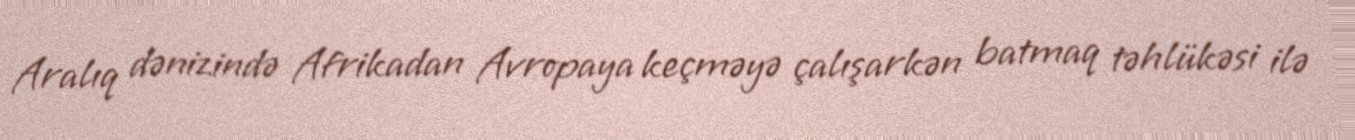
Aralıq dənizində Afrikadan Avropaya keçməyə çalışarkən batmaq təhlükəsi ilə